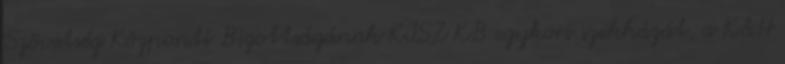
Szövetség Központi Bizottságának KISZ KB egykori székházát, a K&H